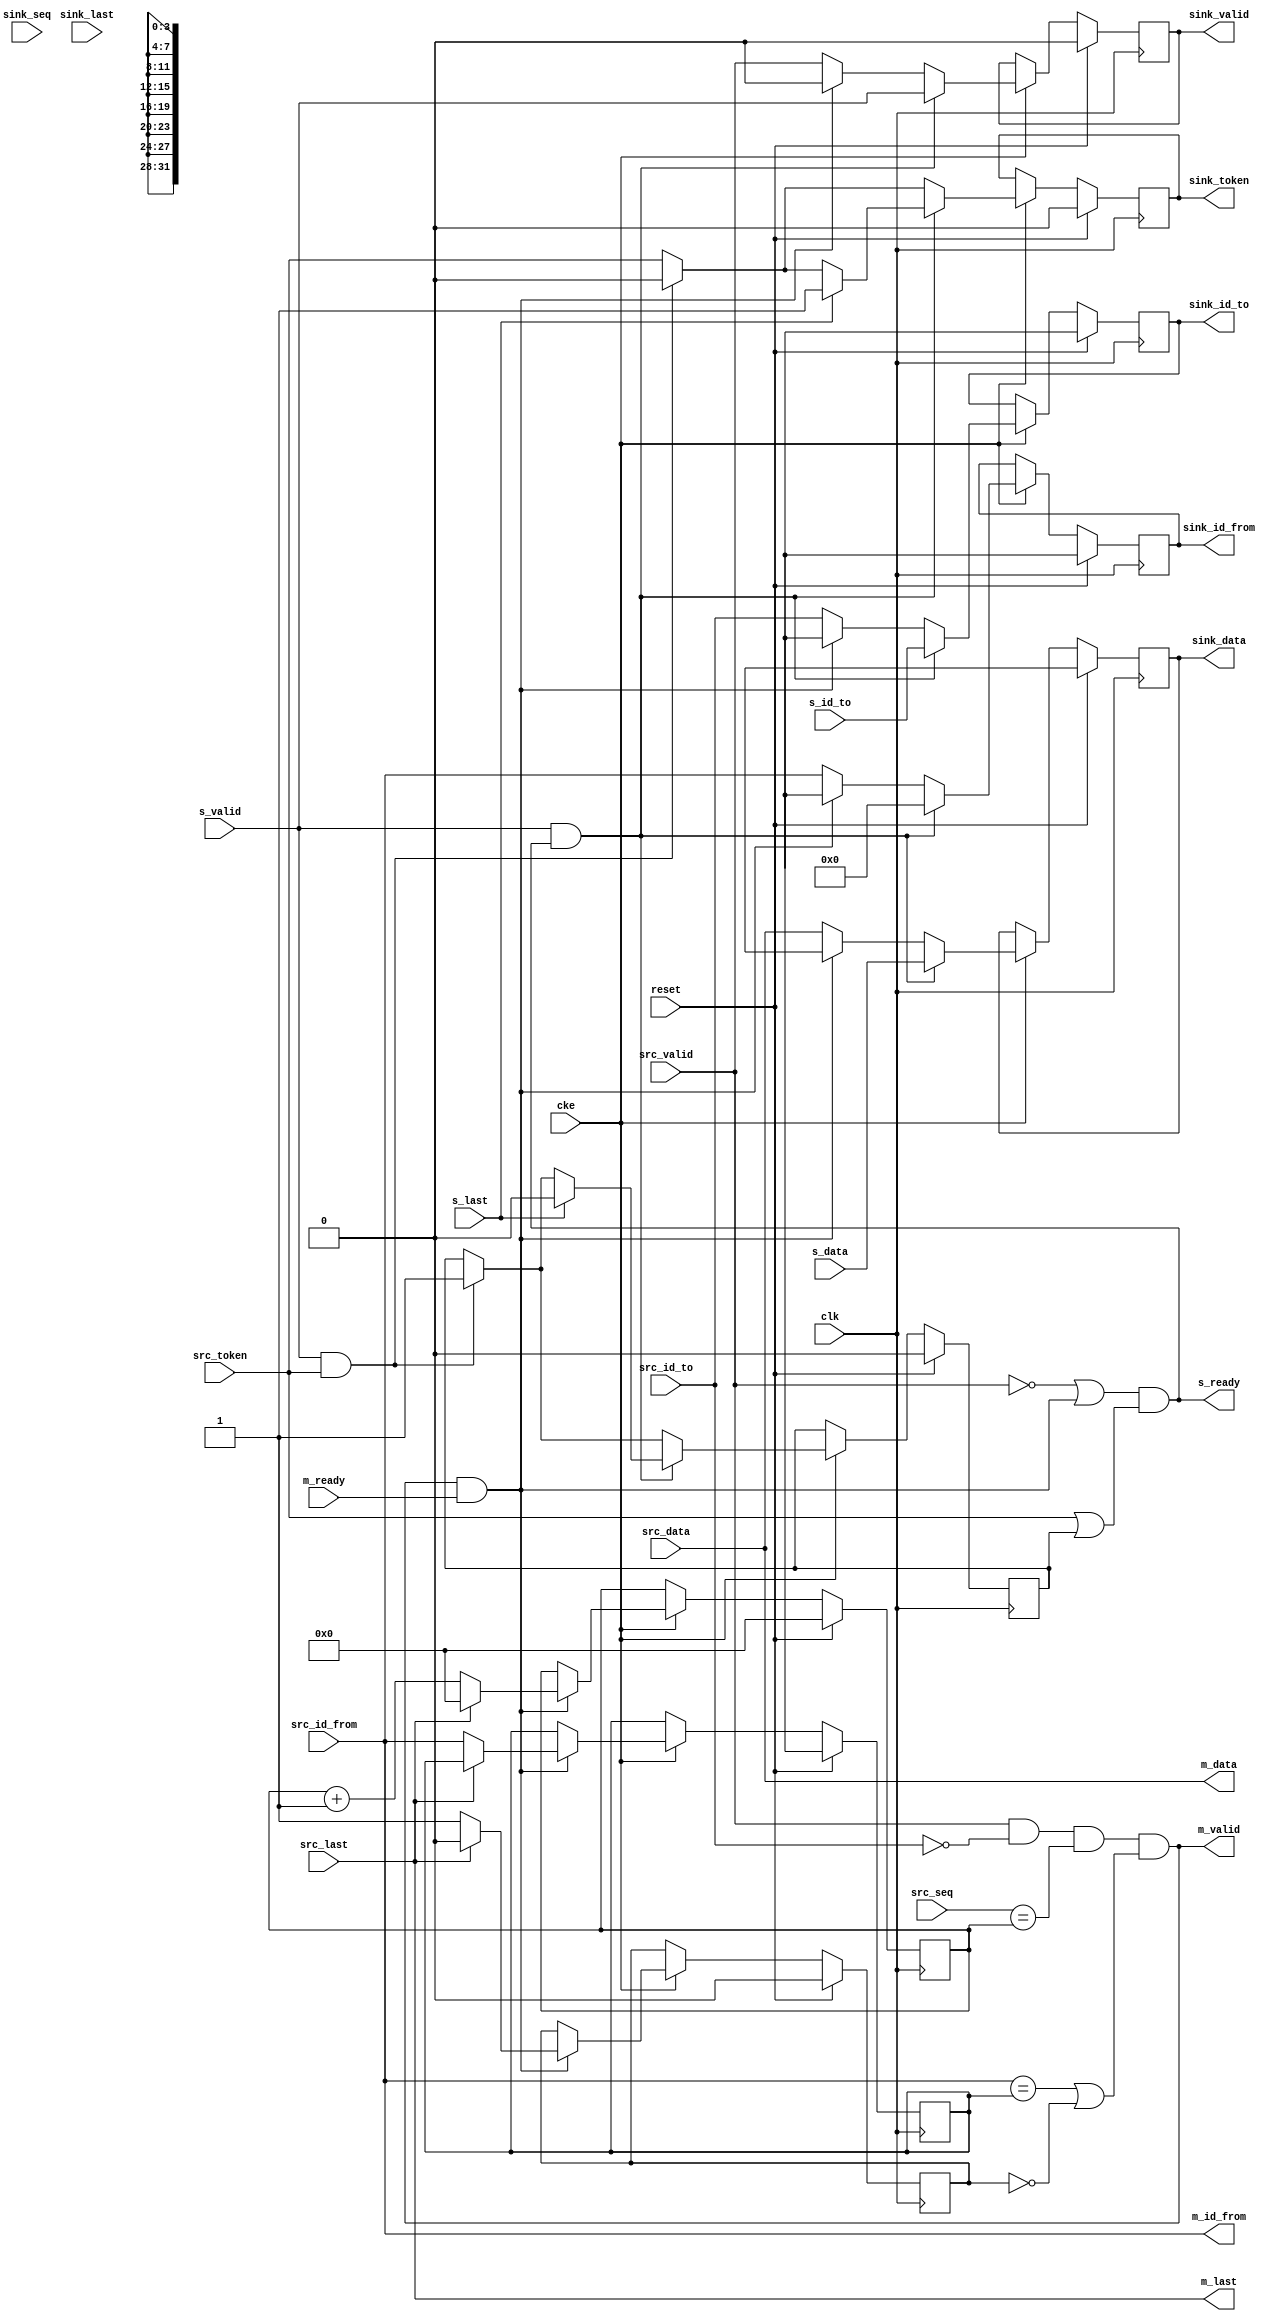
module jelly_stream_ring_bus_unit
        #(
            parameter   DATA_WIDTH    = 32,
            parameter   LEN_WIDTH     = 8,
            parameter   ID_TO_WIDTH   = 4,
            parameter   ID_FROM_WIDTH = 4,
            parameter   UNIT_ID_TO    = 0,
            parameter   UNIT_ID_FROM  = 0,
            parameter   USE_TOKEN     = 1,
            parameter   INIT_TOKEN    = 0
        )
        (
            input   wire                        reset,
            input   wire                        clk,
            input   wire                        cke,
            
            input   wire    [ID_TO_BITS-1:0]    s_id_to,
            input   wire                        s_last,
            input   wire    [DATA_WIDTH-1:0]    s_data,
            input   wire                        s_valid,
            output  wire                        s_ready,
            
            output  wire    [ID_FROM_BITS-1:0]  m_id_from,
            output  wire                        m_last,
            output  wire    [DATA_WIDTH-1:0]    m_data,
            output  wire                        m_valid,
            input   wire                        m_ready,
            
            input   wire    [ID_TO_BITS-1:0]    src_id_to,
            input   wire    [ID_FROM_BITS-1:0]  src_id_from,
            input   wire    [LEN_BITS-1:0]      src_seq,
            input   wire                        src_last,
            input   wire    [DATA_WIDTH-1:0]    src_data,
            input   wire                        src_valid,
            input   wire                        src_token,
            
            output  wire    [ID_TO_BITS-1:0]    sink_id_to,
            output  wire    [ID_FROM_BITS-1:0]  sink_id_from,
            input   wire    [LEN_BITS-1:0]      sink_seq,
            input   wire                        sink_last,
            output  wire    [DATA_WIDTH-1:0]    sink_data,
            output  wire                        sink_valid,
            output  wire                        sink_token
        );
    
    localparam  ID_TO_BITS   = ID_TO_WIDTH   > 0 ? ID_TO_WIDTH   : 1;
    localparam  ID_FROM_BITS = ID_FROM_WIDTH > 0 ? ID_FROM_WIDTH : 1;
    localparam  LEN_BITS     = LEN_WIDTH     > 0 ? LEN_WIDTH     : 1;
    
    // receiver
    reg                             reg_recv_busy;
    reg     [ID_FROM_BITS-1:0]      reg_recv_id_from;
    reg     [LEN_BITS-1:0]          reg_recv_seq;
    
    // transmitter
    reg                             reg_send_token;
    reg     [LEN_BITS-1:0]          reg_send_seq;
    
    // ring
    reg     [ID_TO_BITS-1:0]        reg_sink_id_to;
    reg     [ID_FROM_BITS-1:0]      reg_sink_id_from;
    reg     [LEN_BITS-1:0]          reg_sink_seq;
    reg                             reg_sink_last;
    reg     [DATA_WIDTH-1:0]        reg_sink_data;
    reg                             reg_sink_valid;
    reg                             reg_sink_token;
    
    always @(posedge clk) begin
        if ( reset ) begin
            reg_recv_busy    <= 1'b0;
            reg_recv_id_from <= {ID_FROM_BITS{1'bx}};
            reg_recv_seq     <= {LEN_BITS{1'b0}};
            
            reg_send_token   <= 1'b0;
            reg_send_seq     <= {LEN_BITS{1'b0}};
            
            reg_sink_id_to   <= {ID_TO_BITS{1'bx}};
            reg_sink_id_from <= {ID_FROM_BITS{1'bx}};
            reg_sink_last    <= 1'bx;
            reg_sink_seq     <= {LEN_BITS{1'bx}};
            reg_sink_data    <= {DATA_WIDTH{1'bx}};
            reg_sink_valid   <= 1'b0;
            reg_sink_token   <= INIT_TOKEN;
        end
        else if ( cke ) begin
            // データ転送
            reg_sink_id_to   <= src_id_to;
            reg_sink_id_from <= src_id_from;
            reg_sink_last    <= src_last;
            reg_sink_seq     <= src_seq;
            reg_sink_data    <= src_data;
            reg_sink_valid   <= src_valid;
            reg_sink_token   <= src_token;
            
            // データ取り出し
            if ( m_valid && m_ready ) begin
                reg_sink_id_to   <= {ID_TO_BITS{1'bx}};
                reg_sink_id_from <= {ID_FROM_BITS{1'bx}};
                reg_sink_seq     <= {LEN_BITS{1'bx}};
                reg_sink_last    <= 1'bx;
                reg_sink_data    <= {DATA_WIDTH{1'bx}};
                reg_sink_valid   <= 1'b0;
                
                if ( m_last ) begin
                    reg_recv_busy    <= 1'b0;
                    reg_recv_seq     <= {LEN_BITS{1'b0}};
                end
                else begin
                    reg_recv_busy    <= 1'b1;
                    reg_recv_id_from <= src_id_from;
                    reg_recv_seq     <= reg_recv_seq + 1'b1;
                end
            end
            
            
            // トークン取得(送信データがあるときにトークンが流れてきた)
            if ( s_valid && src_token ) begin
                reg_send_token <= 1'b1;
                reg_sink_token <= 1'b0;
            end
            
            
            // データ挿入
            if ( s_valid && s_ready ) begin
                reg_sink_id_to   <= s_id_to;
                reg_sink_id_from <= UNIT_ID_FROM;
                reg_sink_seq     <= reg_send_seq;
                reg_sink_last    <= s_last;
                reg_sink_data    <= s_data;
                reg_sink_valid   <= s_valid;
                
                if ( s_last ) begin
                    reg_send_seq   <= {LEN_BITS{1'b0}};
                    reg_send_token <= 1'b0;
                    reg_sink_token <= 1'b1;     // トークン放流
                end
                else begin
                    reg_send_seq <= reg_send_seq + 1'b1;
                end
            end
        end
    end
    
    
    // 制御
    assign s_ready      = ((!src_valid || (m_valid && m_ready)) && (src_token || reg_send_token || !USE_TOKEN));
    
    assign m_id_from    = src_id_from;
    assign m_last       = src_last;
    assign m_data       = src_data;
    assign m_valid      = (src_valid
                            && ((src_id_to   == UNIT_ID_TO)       || (ID_TO_WIDTH <= 0))
                            && ((src_seq     == reg_recv_seq)     || (LEN_WIDTH   <= 0))
                            && ((src_id_from == reg_recv_id_from) || !reg_recv_busy    )
                          );
    
    assign sink_id_to   = reg_sink_id_to;
    assign sink_id_from = reg_sink_id_from;
    assign sink_seq     = reg_sink_seq;
    assign sink_last    = reg_sink_last;
    assign sink_data    = reg_sink_data;
    assign sink_valid   = reg_sink_valid;
    assign sink_token   = reg_sink_token;
    
    
endmodule